Report on the working of the Ranchi Indian Mental Hospital, Kanke, in Bihar and Orissa - 1930-1940
Year: 1930
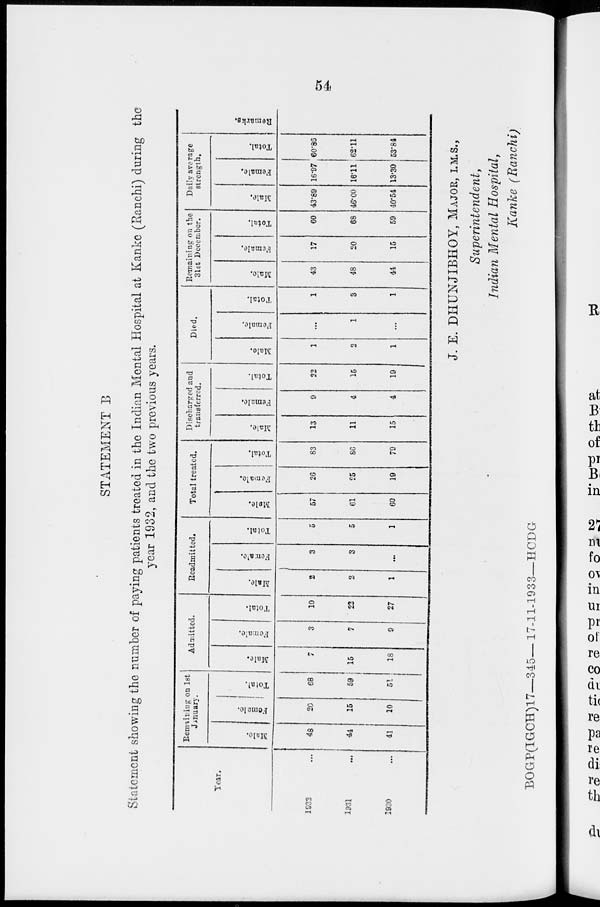
54
STATEMENT B
Statement showing the number of paying patients treated in the Indian Mental Hospital at Kanke (Ranchi) during the
year 1932, and the two previous years.
Year.
1932 ...
1931 ...
1930 ...
Remaining on 1st
January.
Male.
48
44
41
Female.
20
15
10
Total.
68
59
51
Admitted.
Male.
7
15
18
Female.
3
7
9
Total.
10
22
27
Readmitted.
Male.
2
2
1
Female.
3
3
...
Total.
5
5
1
Total treated.
Male.
57
61
60
Female.
26
25
19
Total.
83
86
79
Discharged and
transferred.
Male.
13
11
15
Female.
9
4
4
Total.
22
15
19
Died.
Male.
1
2
1
Female.
...
1
...
Total.
1
3
1
Remaining on the
31st December.
Male.
43
48
44
Female.
17
20
15
Total.
60
68
59
Daily average
strength.
Male.
43.89
46.00
40.54
Female.
16.97
16.11
13.30
Total.
60.86
62.11
53.84
Remarks.
J. E. DHUNJIBHOY, MAJOR, I.M.S.,
Superintendent,
Indian Mental Hospital,
Kanke (Ranchi)
BOGP(IGCH)17—345—17-11-1933—HCDG